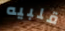
قلبيه